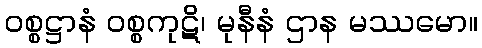
ဝစ္စဋ္ဌာနံ ဝစ္စကုဋိ၊ မုနီနံ ဌာန မဿမော။